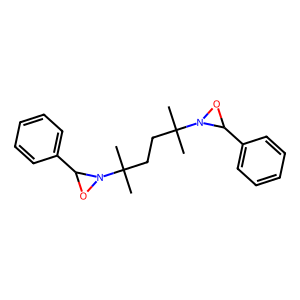
SMILES: CC(C)(CCC(C)(C)N1OC1c1ccccc1)N1OC1c1ccccc1
Inhibits HIV replication: No